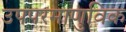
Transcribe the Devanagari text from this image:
उपपरमाणुविक